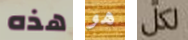
هذه هو لكل